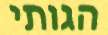
הגותי